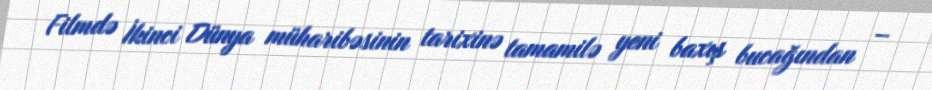
Filmdə İkinci Dünya müharibəsinin tarixinə tamamilə yeni baxış bucağından –